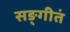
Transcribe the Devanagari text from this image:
सङ्गीतं